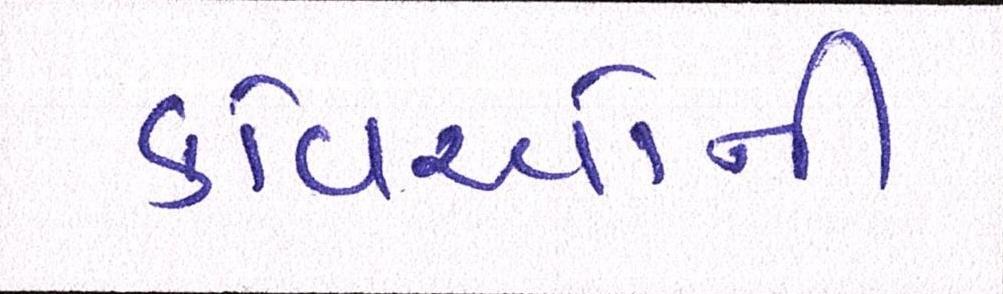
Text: કવિઓની